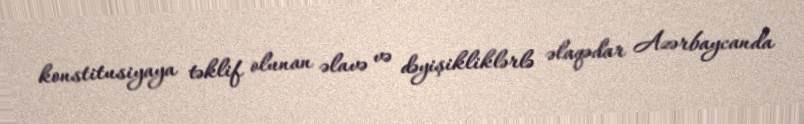
konstitusiyaya təklif olunan əlavə və dəyişikliklərlə əlaqədar Azərbaycanda